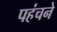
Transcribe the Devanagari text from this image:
पहंचने